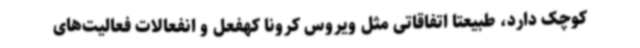
کوچک دارد، طبیعتا اتفاقاتی مثل ویروس کرونا کهفعل و انفعالات فعالیت‌های